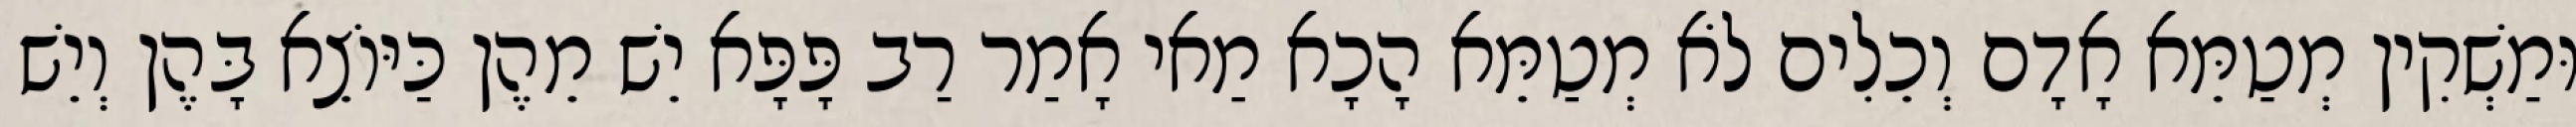
וּמַשְׁקִין מְטַמֵּא אָדָם וְכֵלִים לֹא מְטַמֵּא הָכָא מַאי אָמַר רַב פָּפָּא יֵשׁ מֵהֶן כַּיּוֹצֵא בָּהֶן וְיֵשׁ